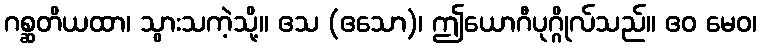
ဂစ္ဆတိယထာ၊ သွားသကဲ့သို့။ ဧသ (ဧသော)၊ ဤယောဂီပုဂ္ဂိုလ်သည်။ ဧဝ မေဝ၊